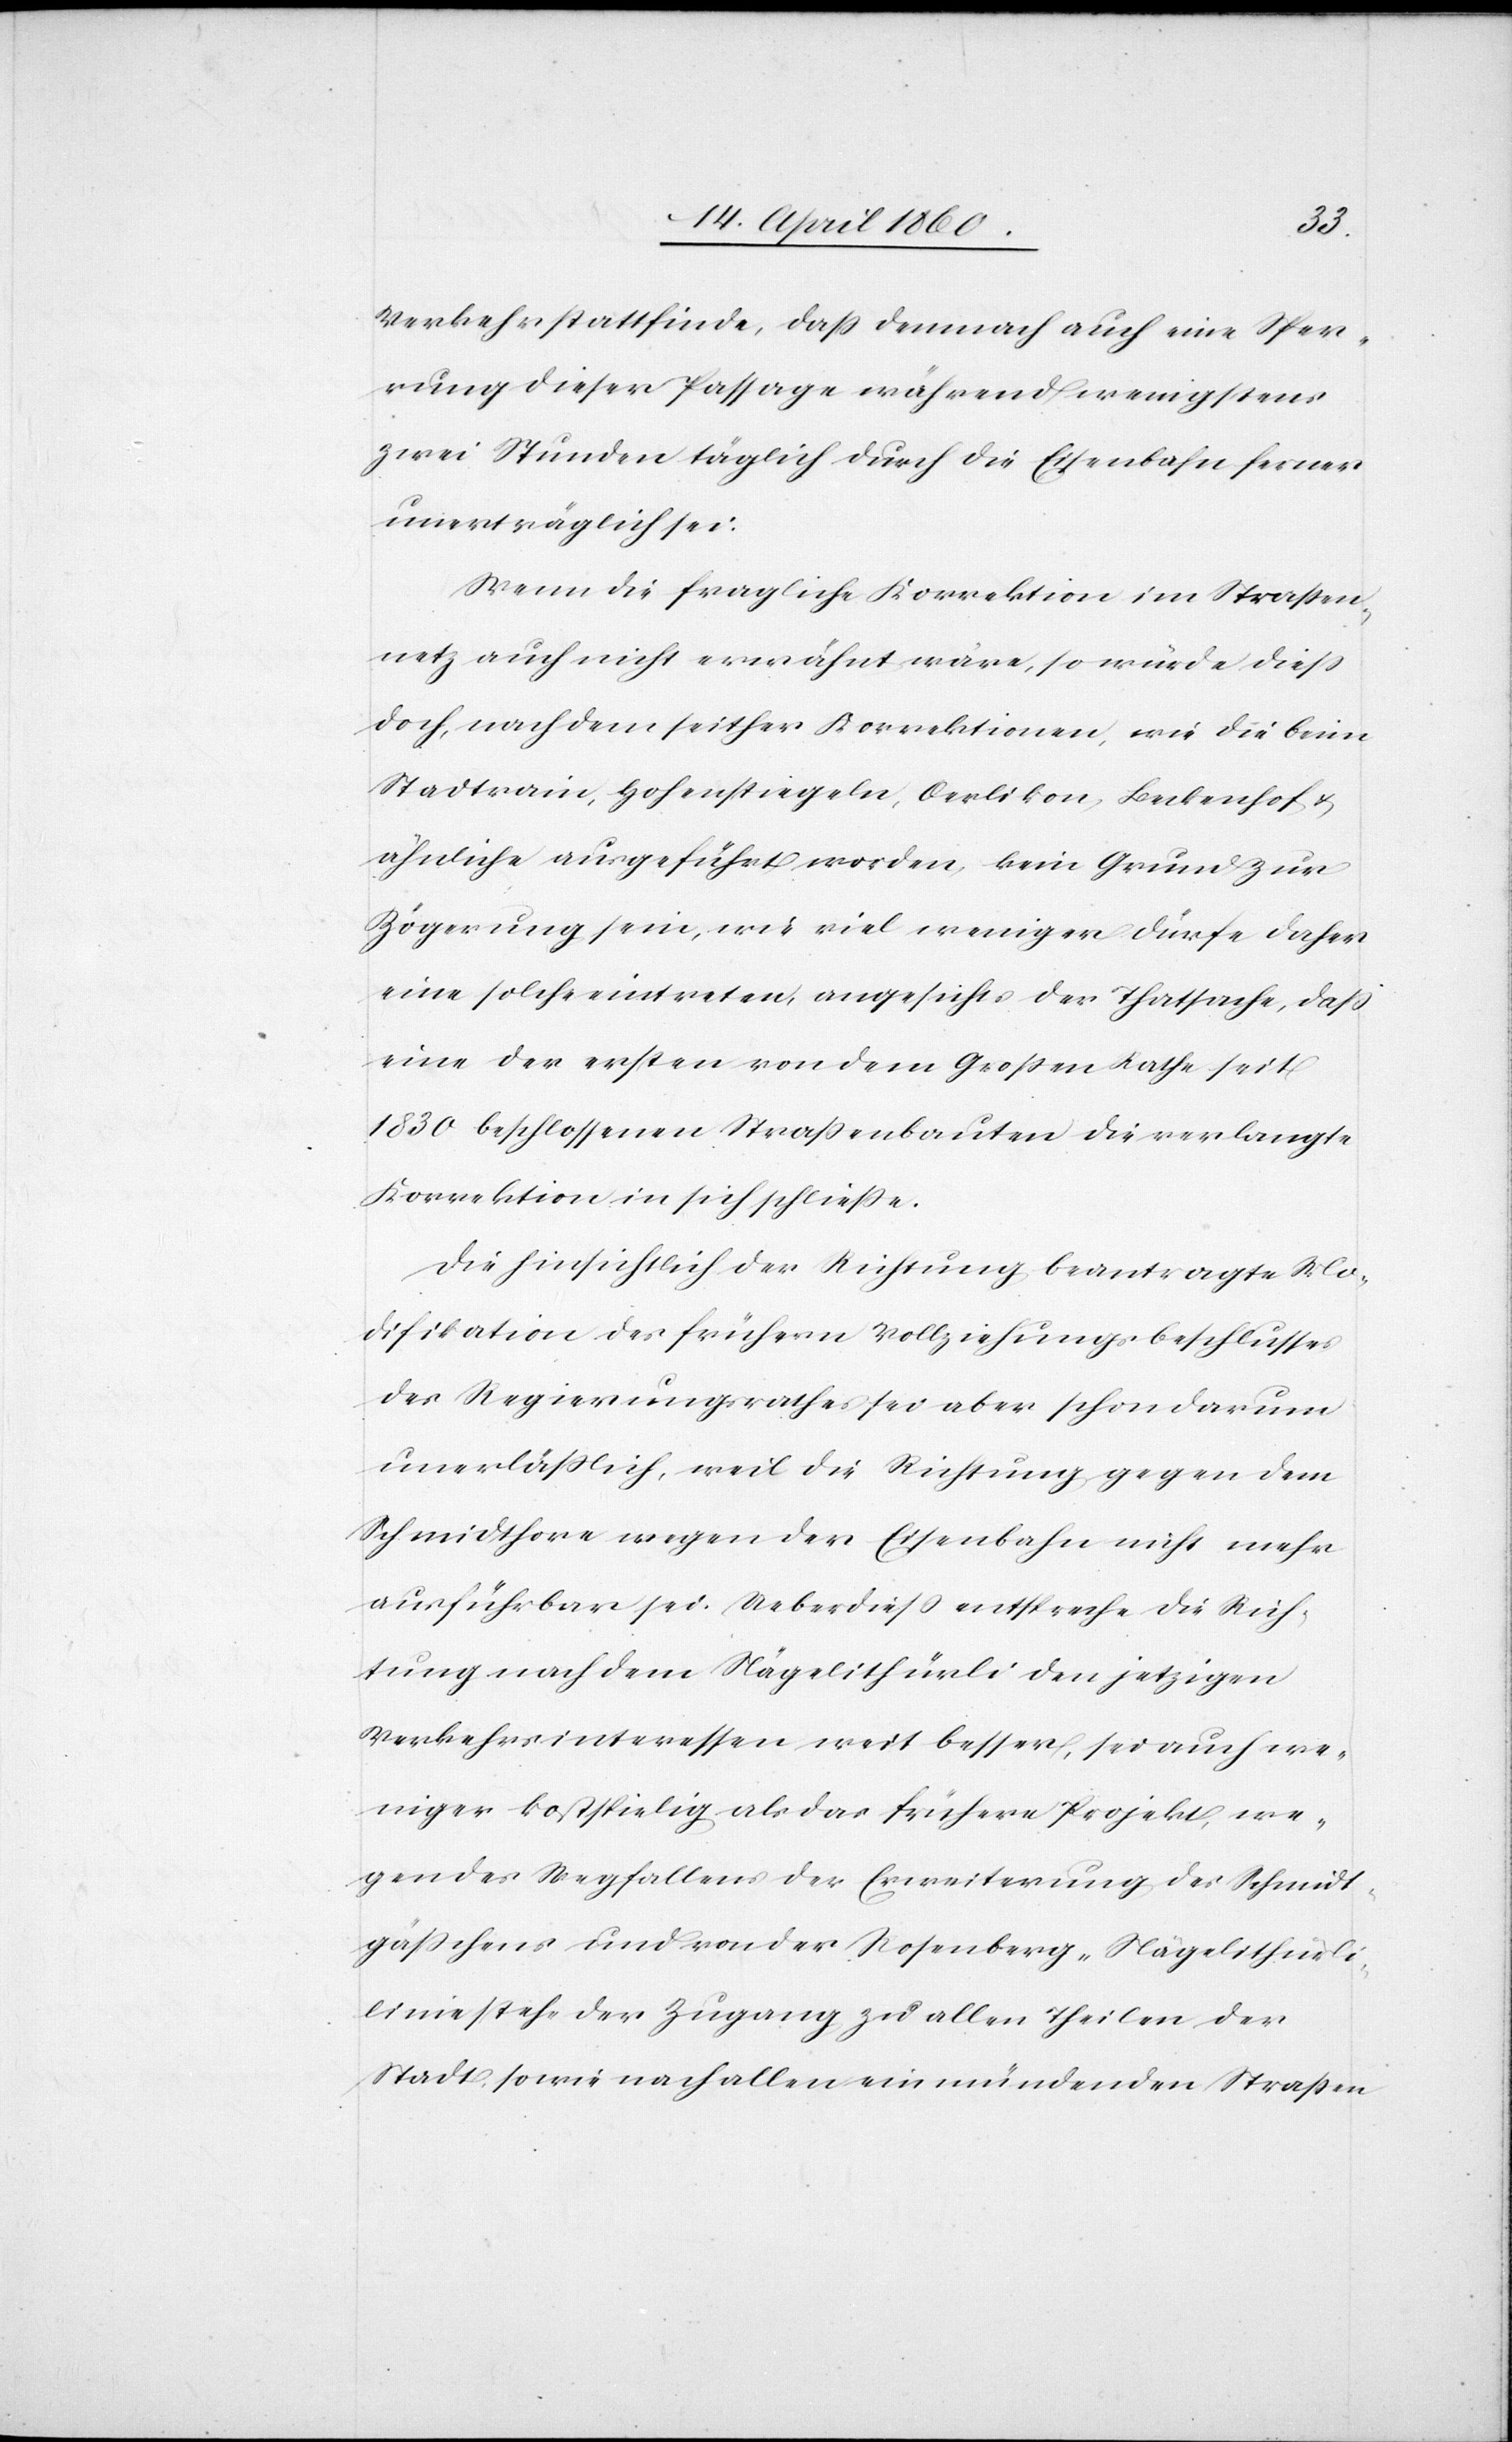
Verkehr stattfinde, dass demnach auch eine Sper¬
rung dieser Passage während wenigstens
zwei Stunden täglich durch die Eisenbahn ferner
unverträglich sei.
Wenn die fragliche Korrektion im Strassen¬
netz auch nicht erwähnt wäre, so würde diess
doch, nachdem seither Korrektionen, wie die beim
Stadtrain, Hohenstiegeln, Oerlikon, Beckenhof u.
ähnliche ausgeführt worden, kein Grund zur
Zögerung sein, wie viel weniger dürfe daher
eine solche eintreten, angesichts der Thatsache, dass
eine der ersten von dem Grossen Rathe seit
1830 beschlossenen Strassenbauten die verlangte
Korrektion in sich schließe.
Die hinsichtlich der Richtung beantragte Mo¬
difikation des frühern Vollziehungsbeschlusses
des Regierungsrathes sei aber schon darum
unerläßlich, weil die Richtung gegen dem
Schmidthore wegen der Eisenbahn nicht mehr
ausführbar sei. Ueberdiess entspreche die Rich¬
tung nach dem Nägelithürli den jetzigen
Verkehrsinteressen weit besser, sei auch we¬
niger kostspielig als das frühere Projekt, we¬
gen des Wegfallens der Erweiterung des Schmidt¬
gässchens und von der Rosenberg-Nägelithürli¬
linie stehe der Zugang zu allen Theilen der
Stadt, sowie nach allen einmündenden Strassen